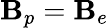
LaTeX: \mathbf{B}_{p}=\mathbf{B}_{e}